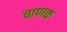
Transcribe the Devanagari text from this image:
चाणक